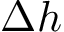
\Delta h